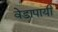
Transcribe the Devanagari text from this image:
वेडापायी